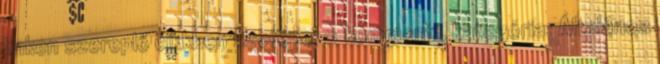
linken szereplő cikkben szerepel 0 komment , kategória: Általános